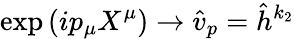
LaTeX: \exp\left(ip_{\mu}X^{\mu}\right)\rightarrow\hat{v}_{p}=\hat{h}^{k_{2}}